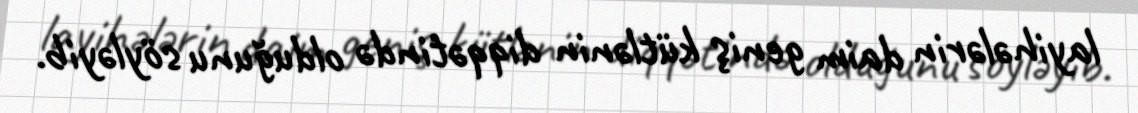
layihələrin daim geniş kütlənin diqqətində olduğunu söyləyib.